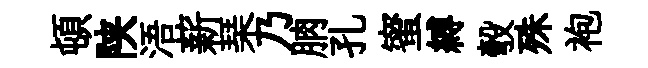
頓陕浯薪琹乃朒孔蜜縛彀殊袍